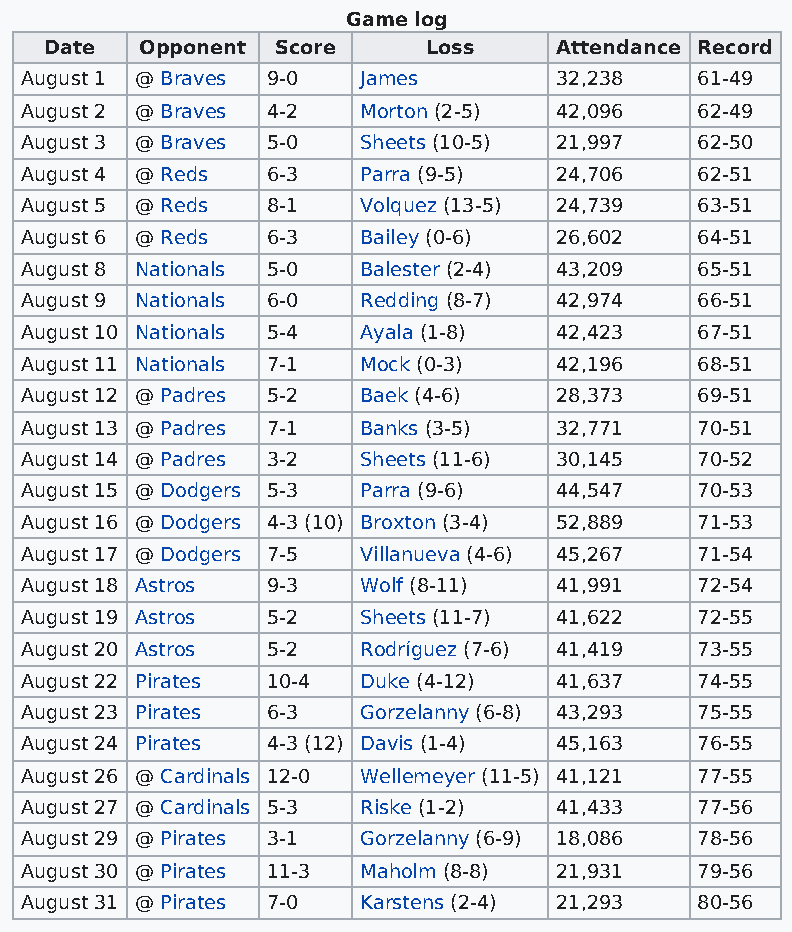
Game log
 Date  Opponent Score     Loss     Attendance Record
 August 1 @ Braves 9-0  James        32,238   61-49
 August 2 @ Braves 4-2  Morton (2-5) 42,096   62-49
 August 3 @ Braves 5-0  Sheets (10-5) 21,997  62-50
 August 4 @ Reds  6-3   Parra (9-5)  24,706   62-51
 August 5 @ Reds  8-1   Volquez (13-5) 24,739 63-51
 August 6 @ Reds  6-3   Bailey (0-6) 26,602   64-51
 August 8 Nationals 5-0 Balester (2-4) 43,209 65-51
 August 9 Nationals 6-0 Redding (8-7) 42,974  66-51
 August 10 Nationals 5-4 Ayala (1-8) 42,423   67-51
 August 11 Nationals 7-1 Mock (0-3)  42,196   68-51
 August 12 @ Padres 5-2 Baek (4-6)   28,373   69-51
 August 13 @ Padres 7-1 Banks (3-5)  32,771   70-51
 August 14 @ Padres 3-2 Sheets (11-6) 30,145  70-52
 August 15 @ Dodgers 5-3 Parra (9-6) 44,547   70-53
 August 16 @ Dodgers 4-3 (10) Broxton (3-4) 52,889 71-53
 August 17 @ Dodgers 7-5 Villanueva (4-6) 45,267 71-54
 August 18 Astros 9-3   Wolf (8-11)  41,991   72-54
 August 19 Astros 5-2   Sheets (11-7) 41,622  72-55
 August 20 Astros 5-2   Rodríguez (7-6) 41,419 73-55
 August 22 Pirates 10-4 Duke (4-12)  41,637   74-55
 August 23 Pirates 6-3  Gorzelanny (6-8) 43,293 75-55
 August 24 Pirates 4-3 (12) Davis (1-4) 45,163 76-55
 August 26 @ Cardinals 12-0 Wellemeyer (11-5) 41,121 77-55
 August 27 @ Cardinals 5-3 Riske (1-2) 41,433 77-56
 August 29 @ Pirates 3-1 Gorzelanny (6-9) 18,086 78-56
 August 30 @ Pirates 11-3 Maholm (8-8) 21,931 79-56
 August 31 @ Pirates 7-0 Karstens (2-4) 21,293 80-56